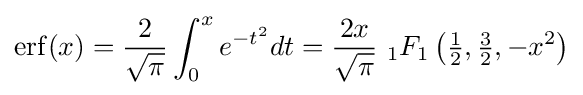
\mathrm {erf} (x)={\frac {2}{\sqrt {\pi }}}\int _{0}^{x}e^{-t^{2}}dt={\frac {2x}{\sqrt {\pi }}}\ {}_{1}F_{1}\left({\tfrac {1}{2}},{\tfrac {3}{2}},-x^{2}\right)